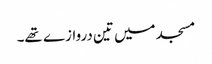
مسجد میں تین دروازے تھے۔